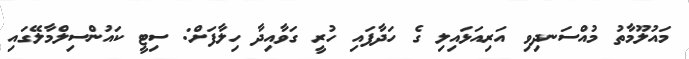
މައުލޫމާތު މުއްސަނދިވި އަރިއަޅައިލި ގެ ހަދާފައި ހުރީ ގަވާއިދާ ހިލާފަށް: ސިޓީ ކައުންސިލްމާލޭގައި